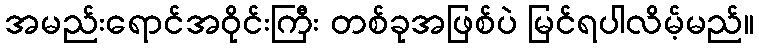
အမည်းရောင်အဝိုင်းကြီး တစ်ခုအဖြစ်ပဲ မြင်ရပါလိမ့်မည်။